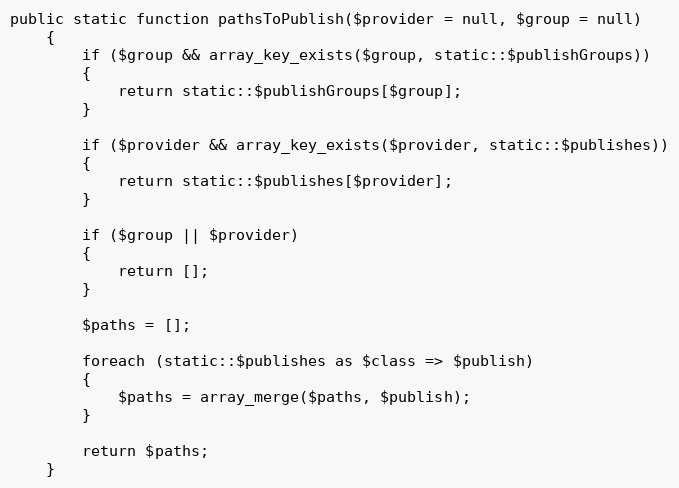
Language: PHP
public static function pathsToPublish($provider = null, $group = null)
	{
		if ($group && array_key_exists($group, static::$publishGroups))
		{
			return static::$publishGroups[$group];
		}

		if ($provider && array_key_exists($provider, static::$publishes))
		{
			return static::$publishes[$provider];
		}

		if ($group || $provider)
		{
			return [];
		}

		$paths = [];

		foreach (static::$publishes as $class => $publish)
		{
			$paths = array_merge($paths, $publish);
		}

		return $paths;
	}